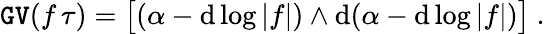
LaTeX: \mathtt{GV}(f\, \tau)=\big[(\alpha-\mathrm{d}\log|f|)\wedge\mathrm{d}(\alpha-\mathrm{d}\log|f|)\big]\ .